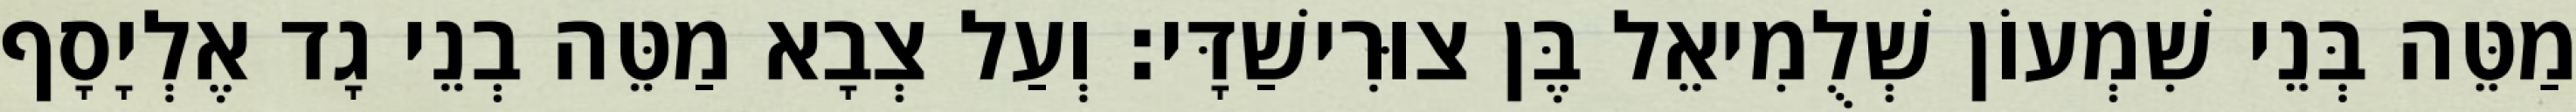
מַטֵּה בְּנֵי שִׁמְעוֹן שְׁלֻמִיאֵל בֶּן צוּרִישַׁדָּי׃ וְעַל צְבָא מַטֵּה בְנֵי גָד אֶלְיָסָף